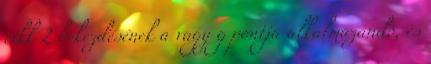
cikk 2 bekezdésének a vagy g pontja alkalmazandó, és